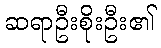
ဆရာဦးစိုးဦး၏